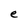
Character: e